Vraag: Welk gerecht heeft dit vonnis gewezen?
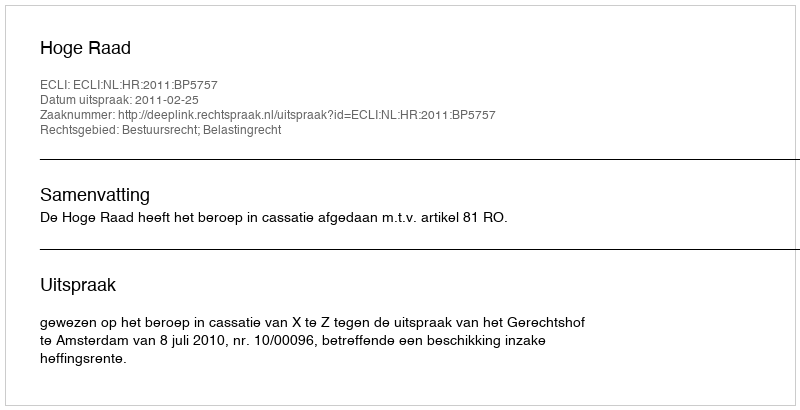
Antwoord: Hoge Raad